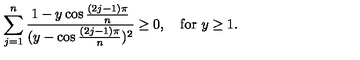
\sum _ { j = 1 } ^ { n } { \frac { 1 - y \cos { \frac { ( 2 j - 1 ) \pi } { n } } } { ( y - \cos { \frac { ( 2 j - 1 ) \pi } { n } } ) ^ { 2 } } } \geq 0 , \quad \mathrm { f o r } \ y \geq 1 .